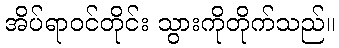
အိပ်ရာဝင်တိုင်း သွားကိုတိုက်သည်။